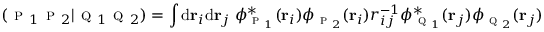
( \textsc { p } _ { 1 } \textsc { p } _ { 2 } | \textsc { q } _ { 1 } \textsc { q } _ { 2 } ) = \int \mathrm { d } \mathbf { r } _ { i } \mathrm { d } \mathbf { r } _ { j } \; \phi _ { \textsc { p } _ { 1 } } ^ { * } ( \mathbf { r } _ { i } ) \phi _ { \textsc { p } _ { 2 } } ( \mathbf { r } _ { i } ) r _ { i j } ^ { - 1 } \phi _ { \textsc { q } _ { 1 } } ^ { * } ( \mathbf { r } _ { j } ) \phi _ { \textsc { q } _ { 2 } } ( \mathbf { r } _ { j } )